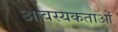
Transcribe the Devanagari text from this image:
आवस्यकताओं